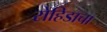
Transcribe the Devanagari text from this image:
रोहिडाचा